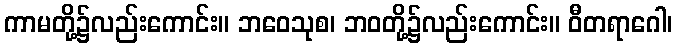
ကာမတို့၌လည်းကောင်း။ ဘဝေသုစ၊ ဘဝတို့၌လည်းကောင်း။ ဝီတရာဂေါ၊